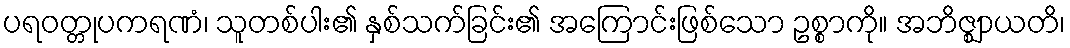
ပရဝတ္တုပကရဏံ၊ သူတစ်ပါး၏ နှစ်သက်ခြင်း၏ အကြောင်းဖြစ်သော ဥစ္စာကို။ အဘိဇ္ဈာယတိ၊